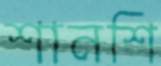
শানশি